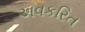
અવકરિત